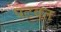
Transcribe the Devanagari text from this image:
पटवत